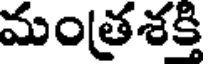
మంత్రశక్తి